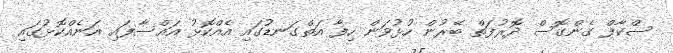
ސްކާފް ގެންގޮސް ދޮރުފަތް ބޭރުން ހުޅުވަން ހިފާ އަތްގަނޑުގައި އެއްކޮޅު އައްސާފައި އަނެއްކޮޅުގައި